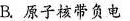
B.原子核带负电